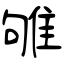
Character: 雊